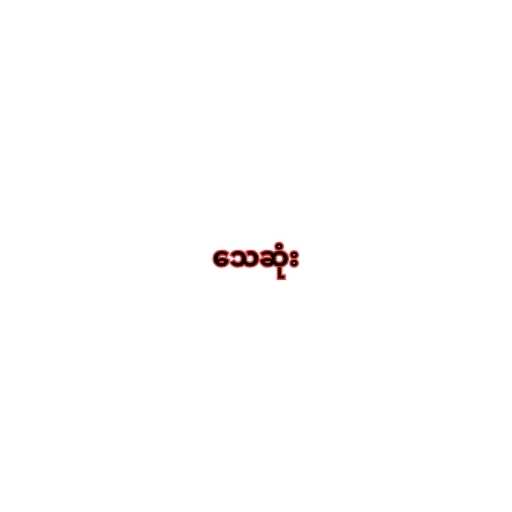
သေဆုံး